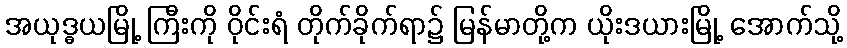
အယုဒ္ဓယမြို့ ကြီးကို ဝိုင်းရံ တိုက်ခိုက်ရာ၌ မြန်မာတို့က ယိုးဒယားမြို့ အောက်သို့